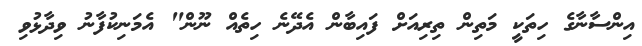
އިންސާނާގެ ހިތަކީ މަތިން ތިރިއަށް ފައިބާން އެދޭނެ ހިތެއް ނޫން" އެމަނިކުފާނު ވިދާޅުވި